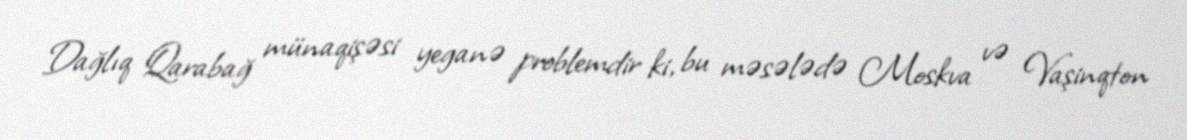
Dağlıq Qarabağ münaqişəsi yeganə problemdir ki, bu məsələdə Moskva və Vaşinqton